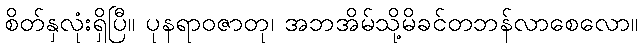
စိတ်နှလုံးရှိပြီ။ ပုနရာဝဇာတု၊ အဘအိမ်သို့မိခင်တဘန်လာစေလော။